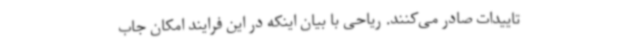
تاییدات صادر می‌کنند. ریاحی با بیان اینکه در این فرایند امکان جاب